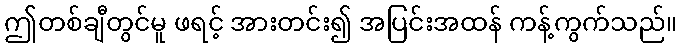
ဤတစ်ချီတွင်မူ ဖရင့် အားတင်း၍ အပြင်းအထန် ကန့်ကွက်သည်။